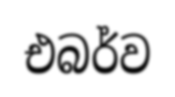
එබර්ව